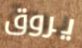
يروق